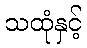
သထုံနှင့်